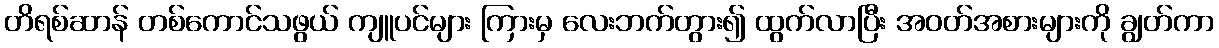
တိရစ်ဆာန် တစ်ကောင်သဖွယ် ကျူပင်များ ကြားမှ လေးဘက်တွား၍ ထွက်လာပြီး အဝတ်အစားများကို ချွတ်ကာ